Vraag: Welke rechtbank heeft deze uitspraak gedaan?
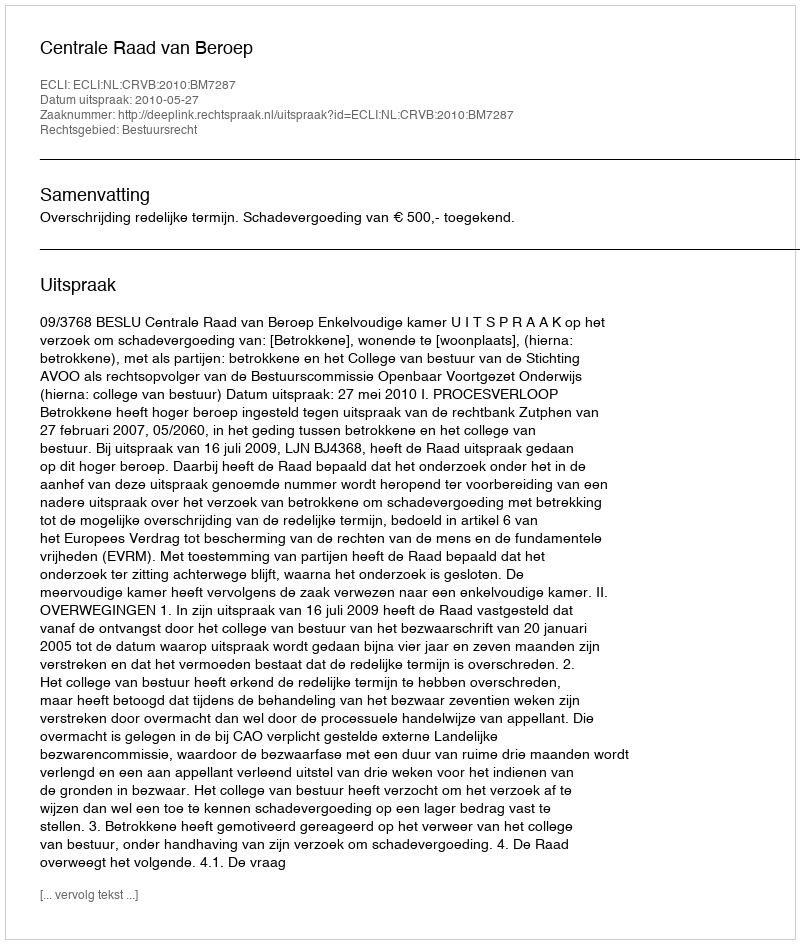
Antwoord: Centrale Raad van Beroep